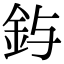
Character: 𮡤